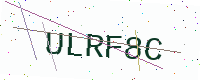
Text: ULRF8C